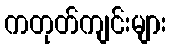
ကတုတ်ကျင်းများ